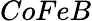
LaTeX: CoFeB